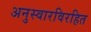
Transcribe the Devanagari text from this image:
अनुस्वारविरहित